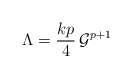
\begin{align*}\Lambda=\frac{kp}{4}\,{\cal G}^{p+1}\end{align*}